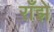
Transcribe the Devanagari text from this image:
राँझे